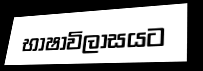
භාෂාවිලාසයට